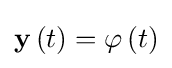
\mathbf {y} \left(t\right)=\mathbf {\varphi } \left(t\right)